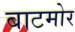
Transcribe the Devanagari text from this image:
बाटमोर